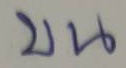
บน